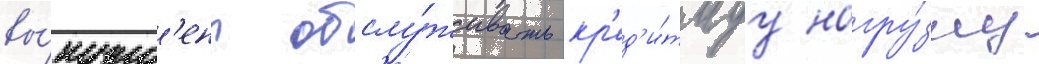
вы́нужд'ены обслу́живать кр'ед'и́тнуу нагру́зку